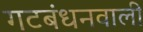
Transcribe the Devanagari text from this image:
गटबंधनवाली